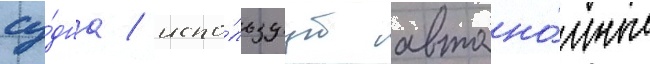
су́дна / испо́льзуут автоно́мные